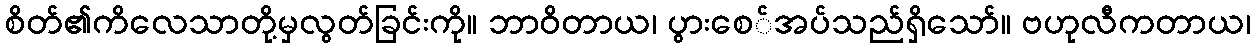
စိတ်၏ကိလေသာတို့မှလွတ်ခြင်းကို။ ဘာဝိတာယ၊ ပွားစေ်အပ်သည်ရှိသော်။ ဗဟုလီကတာယ၊